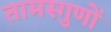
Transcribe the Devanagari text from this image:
तामस्गुणों